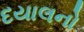
દયાલનો